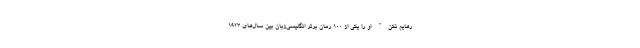
رهایم نکن" او را یکی از 100 رمان برتر انگلیسی‌زبان بین سال‌های 1923